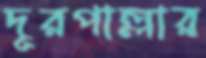
দূরপাল্লার